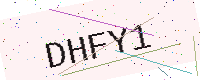
Text: DHFY1